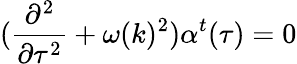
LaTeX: (\frac{\partial^{2}}{\partial\tau^{2}}+\omega(k)^{2})\alpha^{t}(\tau)=0